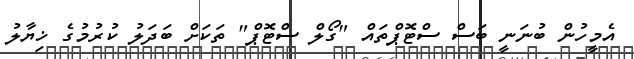
އެމީހުން ބުނަނީ ބަސް ސްޓޮޕްތައް "ގޯލް ސްޓޮޕް" ތަކަށް ބަދަލު ކުރުމުގެ ޚިޔާލު